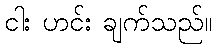
ငါး ဟင်း ချက်သည်။